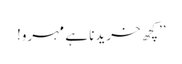
’’کچھ خریدنا ہے مہرو!